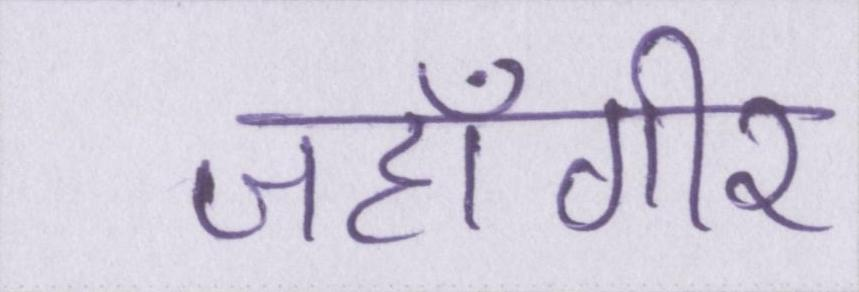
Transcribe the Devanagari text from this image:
जहाँगीर